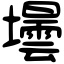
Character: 壜